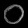
Digit: ၀